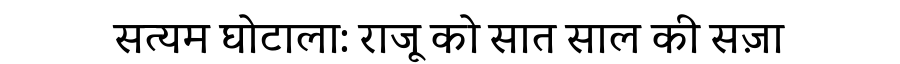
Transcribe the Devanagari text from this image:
सत्यम घोटाला: राजू को सात साल की सज़ा